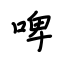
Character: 啤